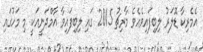
އެމެރިކާ ޑޮލަރު ލިބިފައިވެއެވެ މާރިޗު 2015 ގައި ލިބިފައިވާ އާމްދަނީއަކީ މި މަހުގައި